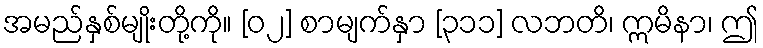
အမည်နှစ်မျိုးတို့ကို။ [၀၂] စာမျက်နှာ [၃၁၁] လဘတိ၊ ဣမိနာ၊ ဤ